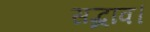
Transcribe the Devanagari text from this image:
सद्भाव।